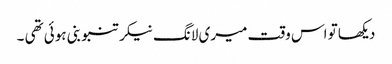
دیکھا تو اس وقت میری لانگ نیکر تنبو بنی ہوئی تھی ۔